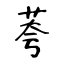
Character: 荂